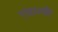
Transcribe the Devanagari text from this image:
एंडाउमेंट